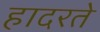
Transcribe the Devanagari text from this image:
हादरते